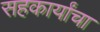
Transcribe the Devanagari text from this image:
सहकार्यांचा